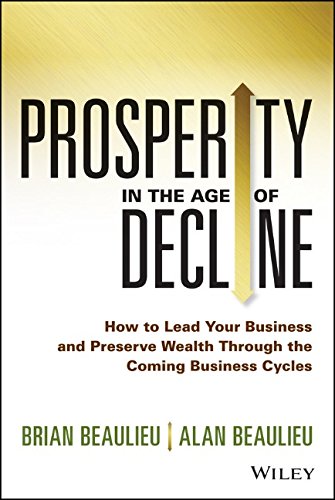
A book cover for Prosperity in The Age of Decline: How to Lead Your Business and Preserve Wealth Through the Coming Business Cycles; Brian Beaulieu; Business & Money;